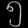
Digit: ၅